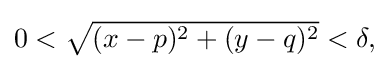
{\textstyle 0<{\sqrt {(x-p)^{2}+(y-q)^{2}}}<\delta ,}